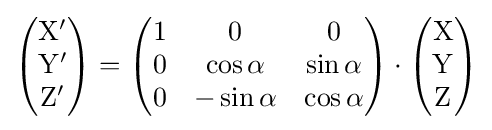
{\begin{pmatrix}\mathrm {X} '\\\mathrm {Y} '\\\mathrm {Z} '\\\end{pmatrix}}={\begin{pmatrix}1&0&0\\0&\cos \alpha &\sin \alpha \\0&-\sin \alpha &\cos \alpha \\\end{pmatrix}}\cdot {\begin{pmatrix}\mathrm {X} \\\mathrm {Y} \\\mathrm {Z} \\\end{pmatrix}}